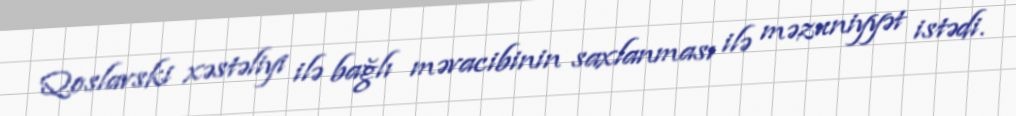
Qoslavski xəstəliyi ilə bağlı məvacibinin saxlanması ilə məzuniyyət istədi.